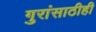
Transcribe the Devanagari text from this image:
गुरांसाठीही